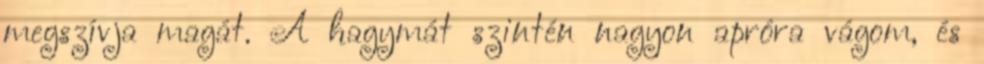
megszívja magát. A hagymát szintén nagyon apróra vágom, és